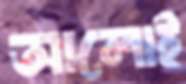
আলোই